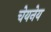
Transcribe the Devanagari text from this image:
चेयनेय